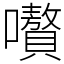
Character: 嚽